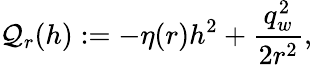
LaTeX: {\cal Q}_{r}(h):=-\eta(r)h^{2}+\frac{q_{w}^{2}}{2r^{2}},